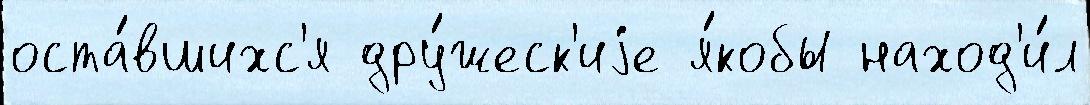
оста́вшихс'я дру́жеск'иjе я́кобы наход'и́л